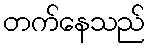
တက်နေသည်